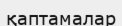
қаптамалар